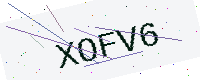
Text: XOFV6